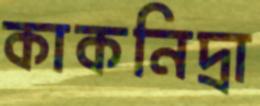
কাকনিদ্রা